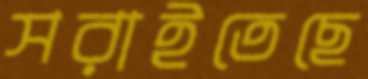
সরাইতেছে